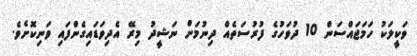
ވަކީލަކު ހަމަޖައްސަން 10 ދުވަހުގެ ފުރުސަތެއް ދިނުމަށް ނަޝީދު މިރޭ އެދިވަޑައިގެންފައި ވަނިކޮށެވެ.